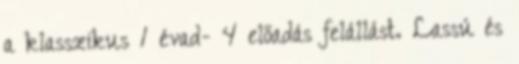
a klasszikus 1 évad- 4 előadás felállást. Lassú és